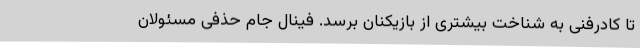
تا کادرفنی به شناخت بیشتری از بازیکنان برسد. فینال جام حذفی مسئولان